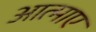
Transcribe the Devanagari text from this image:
आत्माए